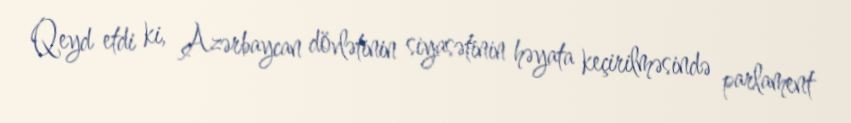
Qeyd etdi ki, Azərbaycan dövlətinin siyasətinin həyata keçirilməsində parlament